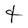
Character: t